Tezpur Lunatic Asylum reports 1877-1894 - 1877-1894
Year: 1877
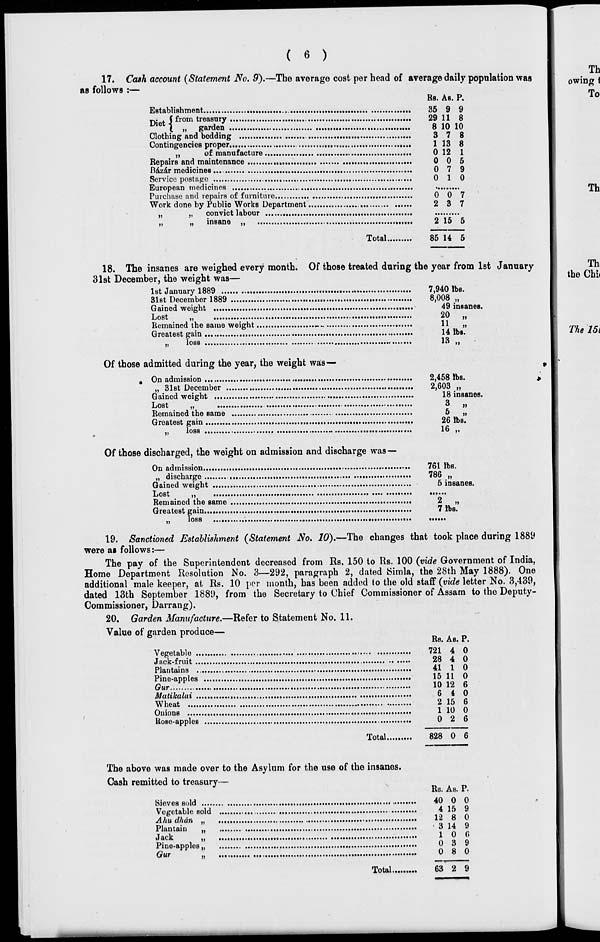
(
6
)
17. Cash account (Statement No. 9).—The average cost per head of average daily population was
as follows :—
Rs. As. P.
Establishment
,
»>. . ( from treasury
I ii garden
Clothing and bedding
Contingencies proper..
„
of manufacture
Repairs and maintenance
Bazar medicines....
Service postage
European medicines
Purchase and repairs of furniture
Work done by Public Works Department
„
„
convict labour
insane
Total.
Th
owing i
To
35 9 9
29 11 8
8 10 10
3 7 8
1 13 8
0 12 1
0 0 5
0 7 9
0 1 0
0 0 7
2 3 7
2 15 5
85 14 5
Th
18. The insanes are weighed every month. Of those treated during the year from 1st January
31st December, the weight was—
1st January 1889
31st December 1889
Gained weight
Lost
„
Remained the same weight
WM
Greatest gain
„
loss
Of those admitted during the year, the weight was—
Th
the Chi«
On admission
„ 31st December .
Gained weight
Lost
„
Remained the same
Greatest gain
loss
)>
Of those discharged, the weight on admission and discharge was —
On admission
„ discharge
Gained weight
Lost
„
Remained the same
Greatest gain
loss
7,940 lbs.
8,008 „
49 insaneB.
20
„
11
„
14 lbs.
13 „
2,458 lbs.
2,603 „
18 insanes.
3
,,
5
„
26 lbs.
16 „
761 lbs.
786 „
5 insanes.
2
„
7 lbs.
The 15t
19. Sanctioned Establishment (Statement No. 10).—The changes that took place during 1889
were ai follows:—
The pay of the Superintendent decreased from Rs. 150 to Rs. 100 (vide Government of India,
Home Department Resolution No. 3—292, paragraph 2, dated Simla, the 28th May 1888). One
additional male keeper, at Rs. 10 per month, has been added to the old staff (vide letter No. 3,439,
dated 13th September 1889, from the Secretary to Chief Commissioner of Assam to the Deputy-
Commissioner, Darrang).
20, Garden Manufacture.—Refer to Statement No. 11.
Value of garden produce—
Vegetable ..
Jack-fruit ..
Plantains ..
Pine-apples
Gur
Mutikalai ..
Wheat
Onions
Rose-apples
Total.
Rs. As. P.
721 4 0
28 4 0
41 1 0
15 11 0
10 12 6
6 4 0
2 15 6
1 10 0
0 2 6
828 0 6
The above was made over to the Asylum for the use of the insanes.
Cash remitted to treasury—
Rs. As. P.
Sieves sold
40 0 0
Vegetable sold
4 15 9
Ahudhdn „
12 8 0
Plantain
„
3 14 9
Jack
,
1 0 (1
Pine-apples.,
0 3 9
Gur
„
0 8 0
Total
63 2 9